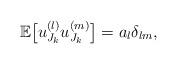
LaTeX: \begin{align*}\mathbb{E}\big [u^{(l)}_{J_k}u^{(m)}_{J_k}\big ] = a_l\delta_{lm},\end{align*}